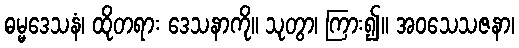
ဓမ္မဒေသနံ၊ ထိုတရား ဒေသနာကို။ သုတွာ၊ ကြား၍။ အဝသေသဇနာ၊